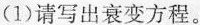
(1)请写出衰变方程。